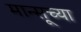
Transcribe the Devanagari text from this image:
मान्सूच्या